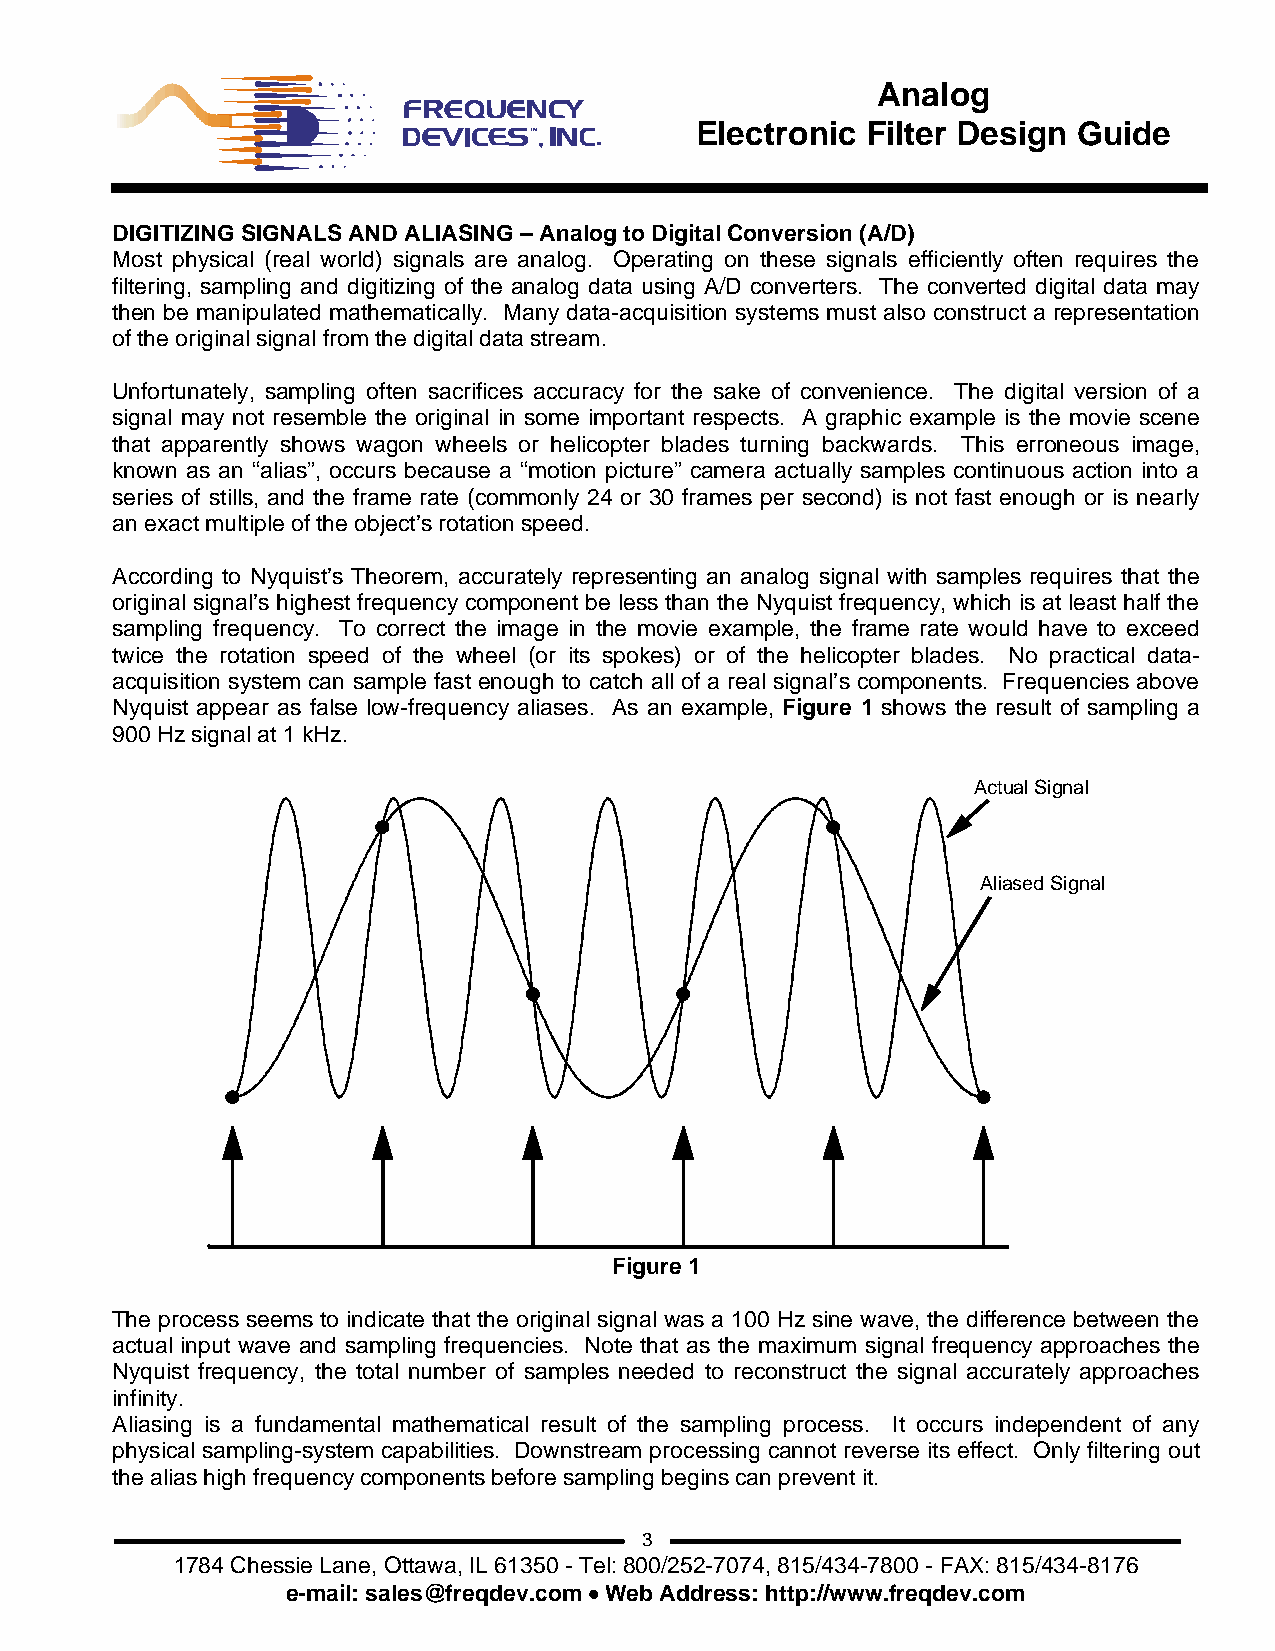
Analog
 Electronic Filter Design Guide
 DIGITIZING SIGNALS AND ALIASING – Analog to Digital Conversion (A/D)
 Most physical (real world) signals are analog. Operating on these signals efficiently often requires the
 filtering, sampling and digitizing of the analog data using A/D converters. The converted digital data may
 then be manipulated mathematically. Many data-acquisition systems must also construct a representation
 of the original signal from the digital data stream.
 Unfortunately, sampling often sacrifices accuracy for the sake of convenience. The digital version of a
 signal may not resemble the original in some important respects. A graphic example is the movie scene
 that apparently shows wagon wheels or helicopter blades turning backwards. This erroneous image,
 known as an “alias”, occurs because a “motion picture” camera actually samples continuous action into a
 series of stills, and the frame rate (commonly 24 or 30 frames per second) is not fast enough or is nearly
 an exact multiple of the object’s rotation speed.
 According to Nyquist’s Theorem, accurately representing an analog signal with samples requires that the
 original signal’s highest frequency component be less than the Nyquist frequency, which is at least half the
 sampling frequency. To correct the image in the movie example, the frame rate would have to exceed
 twice the rotation speed of the wheel (or its spokes) or of the helicopter blades. No practical data-
 acquisition system can sample fast enough to catch all of a real signal’s components. Frequencies above
 Nyquist appear as false low-frequency aliases. As an example, Figure 1 shows the result of sampling a
 900 Hz signal at 1 kHz.
 Actual Signal
 Aliased Signal
 Figure 1
 The process seems to indicate that the original signal was a 100 Hz sine wave, the difference between the
 actual input wave and sampling frequencies. Note that as the maximum signal frequency approaches the
 Nyquist frequency, the total number of samples needed to reconstruct the signal accurately approaches
 infinity.
 Aliasing is a fundamental mathematical result of the sampling process. It occurs independent of any
 physical sampling-system capabilities. Downstream processing cannot reverse its effect. Only filtering out
 the alias high frequency components before sampling begins can prevent it.
 3
 1784 Chessie Lane, Ottawa, IL 61350 - Tel: 800/252-7074, 815/434-7800 - FAX: 815/434-8176
 e-mail: sales@freqdev.com • Web Address: http://www.freqdev.com